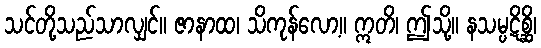
သင်တို့သည်သာလျှင်။ ဇာနာထ၊ သိကုန်လော့။ ဣတိ၊ ဤသို့။ နသမ္ပဋိစ္ဆိ၊